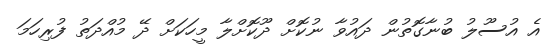
އެ އުސޫލު ބުނާގޮތުން ދައުވާ ނުކޮށް ދޫކޮށްލާ މީހަކަށް ދޭ މުއްދަތު ފުރިހަމަ